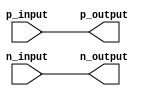
module differential_buffer (
    input wire p_input,
    input wire n_input,
    output wire p_output,
    output wire n_output
);

// Differential amplifier stage
assign p_output = p_input;
assign n_output = n_input;

// Buffer stage
// Add buffer logic here to provide signal amplification
// Impedance matching and biasing techniques can also be added here

endmodule